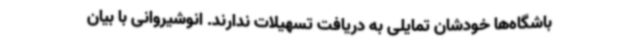
باشگاه‌ها خودشان تمایلی به دریافت تسهیلات ندارند. انوشیروانی با بیان